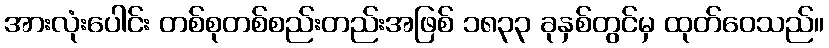
အားလုံးပေါင်း တစ်စုတစ်စည်းတည်းအဖြစ် ၁၈၃၃ ခုနှစ်တွင်မှ ထုတ်ဝေသည်။